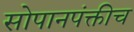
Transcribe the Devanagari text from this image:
सोपानपंक्तीच